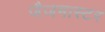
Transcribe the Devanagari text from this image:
जैजमास्टर